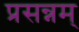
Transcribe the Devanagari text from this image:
प्रसन्नम्